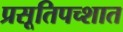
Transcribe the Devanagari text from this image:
प्रसूतिपच्शात